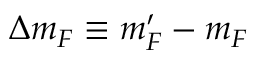
\Delta m _ { F } \equiv m _ { F } ^ { \prime } - m _ { F }